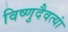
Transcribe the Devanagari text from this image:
विष्णुदैवत्यां